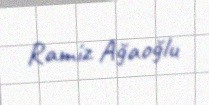
Ramiz Ağaoğlu